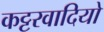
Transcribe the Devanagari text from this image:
कट्टरवादियो